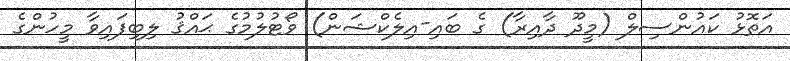
އަތޮޅު ކައުންސިލް (މީދޫ ދާއިރާ) ގެ ބައި-އިލެކްޝަން) ވޯޓުލުމުގެ ޙައްޤު ލިބިފައިވާ މީހުންގެ